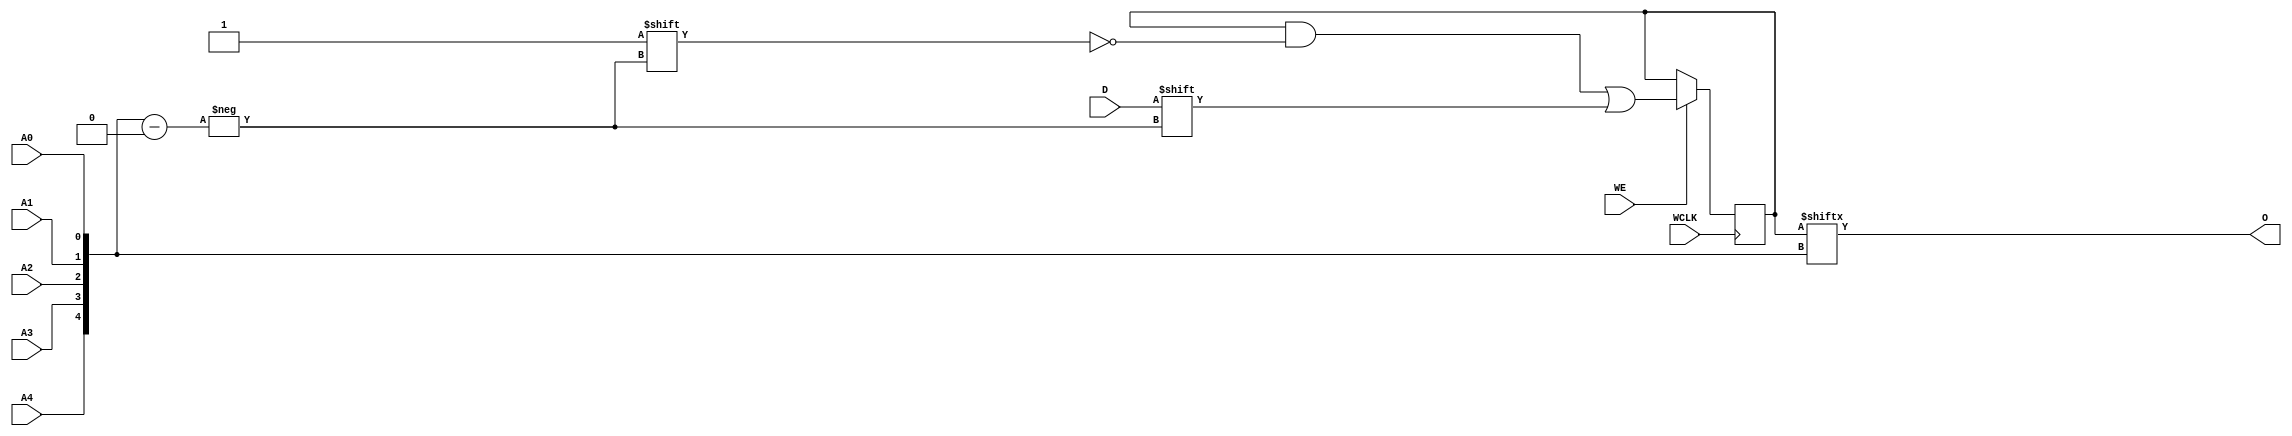
module RAM32X1S_1 (
  output O,
  input A0, A1, A2, A3, A4,
  input D,
  (* clkbuf_sink *)
  (* invertible_pin = "IS_WCLK_INVERTED" *)
  input WCLK,
  input WE
);
  parameter [31:0] INIT = 32'h00000000;
  parameter [0:0] IS_WCLK_INVERTED = 1'b0;
  wire [4:0] a = {A4, A3, A2, A1, A0};
  reg [31:0] mem = INIT;
  assign O = mem[a];
  wire clk = WCLK ^ IS_WCLK_INVERTED;
  always @(negedge clk) if (WE) mem[a] <= D;
endmodule